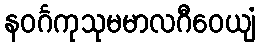
နဝင်္ဂကုသုမမာလဂီဝေယျံ